Mental hospitals Bombay report 1929-33 - 1929-1933
Year: 1929
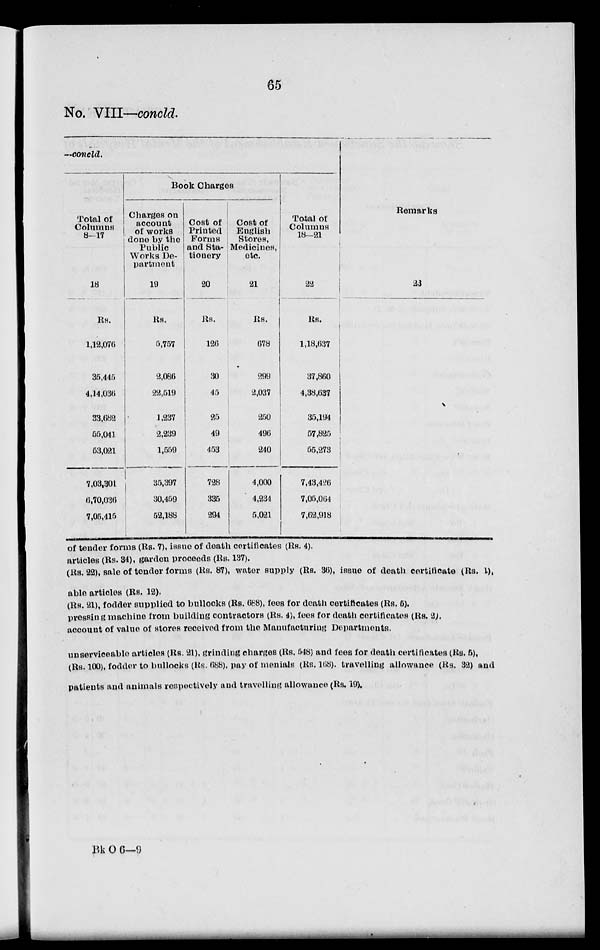
65
No. VIII—concld.
—concld.
Total of
Columns
8-17
18
Rs.
1,12,076
35,445
4,14,036
33,682
55,041
53,021
7,03,301
6,70,036
7,05,415
Book Charges
Charges on
account
of works
done by the
Public
Works De-
partment
19
Rs.
5,757
2,086
22,519
1,237
2,239
1,559
35,397
30,459
52,188
Cost of
Printed
Forms
and Sta-
tionery
20
Rs.
126
30
45
25
49
453
728
335
294
Cost of
English
Stores,
Medicines,
etc.
21
Rs.
678
299
2,037
250
496
240
4,000
4,234
5,021
Total of
Columns
18—21
22
Rs.
1,18,637
37,860
4,38,637
35,194
57,825
55,273
7,43,426
7,05,064
7,62,918
Remarks
23
of tender forms (Rs. 7), issue of death certificates (Rs. 4).
articles (Rs. 34), garden proceeds (Rs. 137).
(Rs. 22), sale of tender forms (Rs. 87), water supply (Rs. 36), issue of death certificate (Rs. 1),
able articles (Rs. 12).
(Rs. 21), fodder supplied to bullocks (Rs. 688), fees for death certificates (Rs. 5).
pressing machine from building contractors (Rs. 4), fees for death certificates (Rs. 2).
account of value of stores received from the Manufacturing Departments.
unserviceable articles (Rs. 21), grinding charges (Rs. 548) and fees for death certificates (Rs. 5),
(Rs. 100), fodder to bullocks (Rs. 688), pay of menials (Rs. 168). travelling allowance (Rs. 32) and
patients and animals respectively and travelling allowance (Rs. 19).
Bk O 6—9